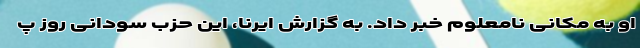
او به مکانی نامعلوم خبر داد. به گزارش ایرنا، این حزب سودانی روز پ